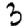
Digit: 3